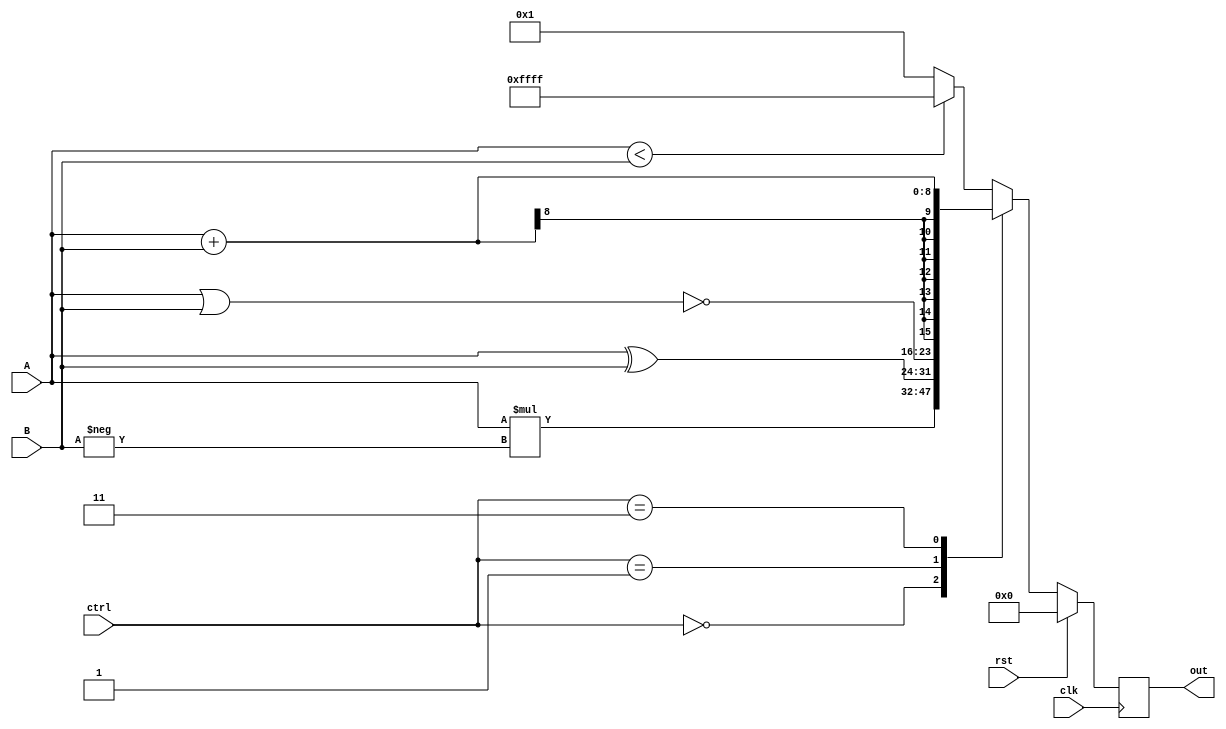
// 110011138 ???

// e.g. 110123456 
// Add your ID and name to FIRST line of file, or you will get 5 points penalty

`define WIDTH 8

module exam1_A(
    input wire clk,
    input wire rst,
    input wire [`WIDTH-1:0] A,
    input wire [`WIDTH-1:0] B,
    input wire [1:0] ctrl,
    output wire [`WIDTH*2-1:0] out // You can modify "reg" to "wire" if needed
);
    //Your design here
    wire signed [`WIDTH-1:0] _A = A;
    wire signed [`WIDTH-1:0] _B = B;
    reg signed [`WIDTH*2-1:0] _out;
    reg signed [`WIDTH*2-1:0] next_out;
    
    assign out = _out;
    
    always @(posedge clk) begin
    	if (rst == 1) begin
    		_out <= 0;
    	end
    	else begin 
    		_out <= next_out;
    	end
    end
    
    always @(*) begin
    	case (ctrl)
    		2'b00: next_out = _A * (-_B);
    		2'b01: next_out = {_A^_B, ~(_A|_B)};
    		2'b11: next_out = _A + _B;
    		default: next_out = (_A < _B) ? -1 : 1; 
    	endcase
    end

endmodule

// You can add any module you need.
// Make sure you include all modules you used in this problem.